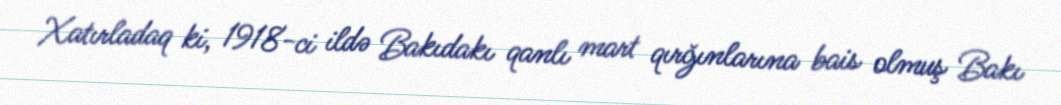
Xatırladaq ki, 1918-ci ildə Bakıdakı qanlı mart qırğınlarına bais olmuş Bakı